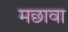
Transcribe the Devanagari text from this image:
मछावा